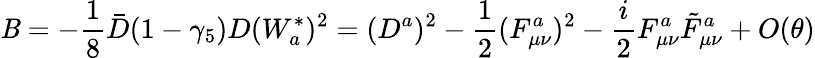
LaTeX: \mathit{B}=-\frac{{1}}{{8}}\bar{{D}}(1-\gamma_{5})D(W_{a}^{*})^{2}=(D^{a})^{2}-\frac{{1}}{{2}}(F_{\mu\nu}^{a})^{2}-\frac{{i}}{{2}}F_{\mu\nu}^{a}\tilde{{F}}_{\mu\nu}^{a}+O(\theta)